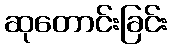
ဆုတောင်းခြင်း